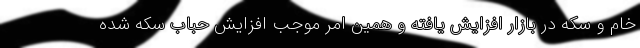
خام و سکه در بازار افزایش یافته و همین امر موجب افزایش حباب سکه شده